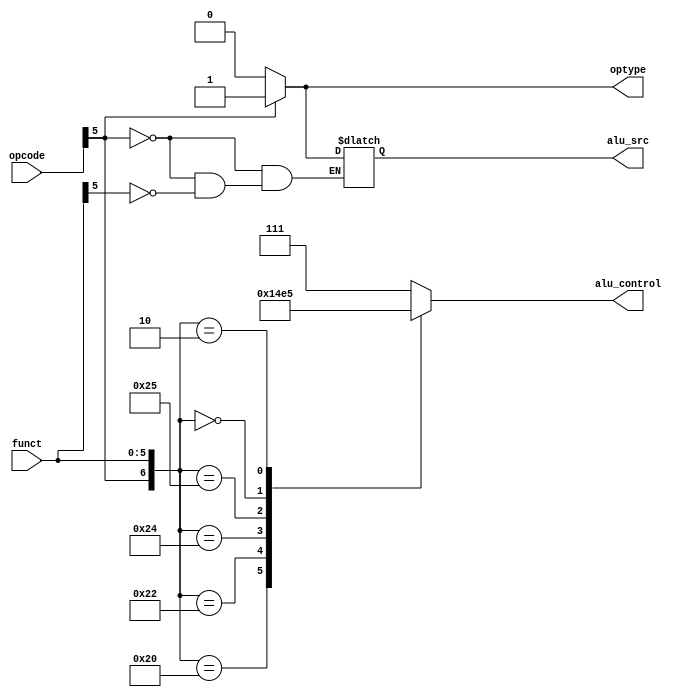
module control_unit(opcode, funct, alu_control, alu_src, optype);

input[5:0]opcode, funct;
output reg [2:0] alu_control;
output reg alu_src;
output reg optype;

always @ *
begin
	if(opcode[5]==0)
		optype = 0;
	else
		optype = 1;
end

always @ *
begin
	if(opcode[5] == 0)
	begin
		if(funct[5]==1)
			alu_src = 0;
	end
	else
		alu_src = 1;
end
	
always @ *
begin
case ({opcode[5],funct})
7'b0100000 : alu_control = 3'b000;
7'b0100010 : alu_control = 3'b001;
7'b0100100 : alu_control = 3'b010;
7'b0100101 : alu_control = 3'b011;
7'b0000000 : alu_control = 3'b100;
7'b0000010 : alu_control = 3'b101;
default : alu_control = 3'b111;
endcase
end
endmodule